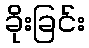
ခိုးခြင်း